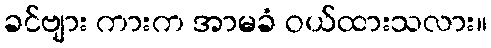
ခင်ဗျား ကားက အာမခံ ဝယ်ထားသလား။